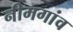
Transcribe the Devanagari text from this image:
नीमगांव